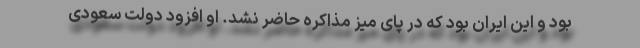
بود و این ایران بود که در پای میز مذاکره حاضر نشد. او افزود دولت سعودی